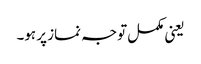
یعنی مکمل توجہ نماز پر ہو۔